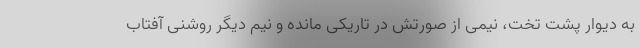
به دیوار پشت تخت، نیمی از صورتش در تاریکی مانده و نیم دیگر روشنی آفتاب